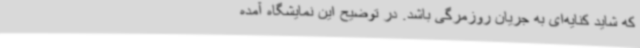
که شاید کنایه‌ای به جریان روزمرگی باشد. در توضیح این نمایشگاه آمده